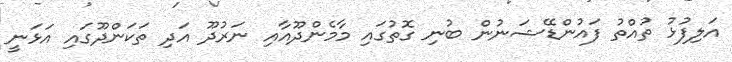
އަލިފުޅު ތުއްތު ފައުންޑޭޝަނުން ބުނި ގޮތުގައި މާމެންދޫއާއި ނަރުދޫ އަދި ތަކަންދޫގައި އަޅަނީ